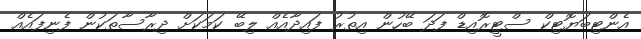
އެންޓިބަޔޮޓިކް ސްޓީރޮއިޑް ފަދަ ބޭހުން އިތުރު ފައިދާއެއް ލިބޭ ކަމަކަށް ދިރާސާތަކުން ފެނިފައެއް